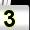
Digit: 3